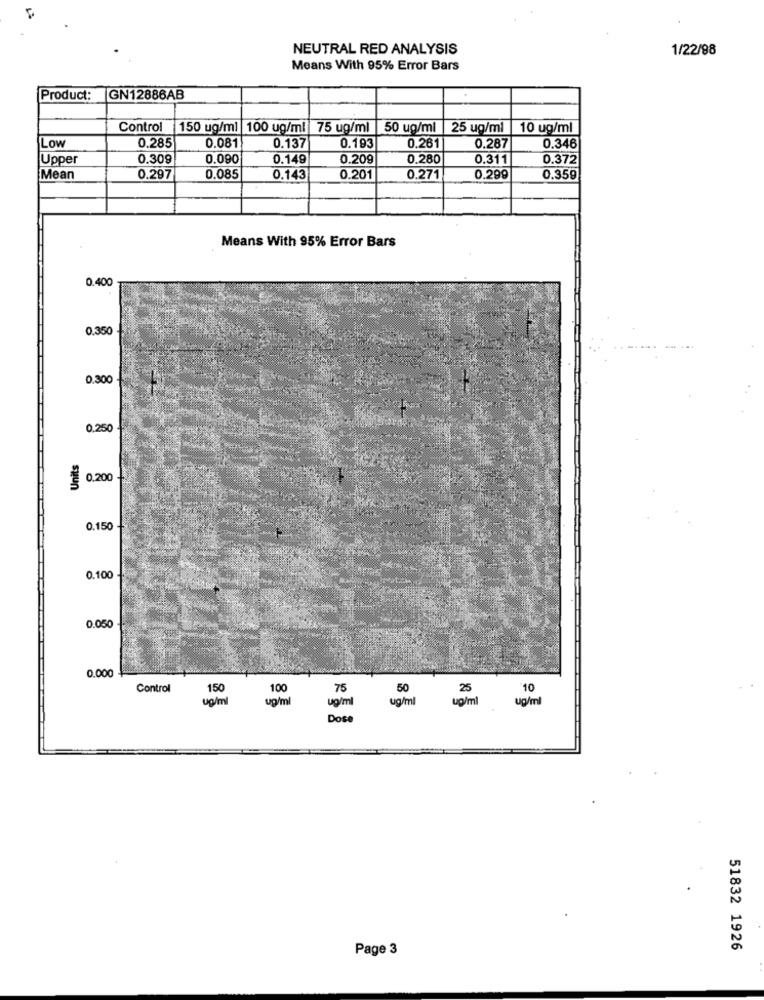
NEUTRAL RED ANALYSIS
1/22/98
Means With 95% Error Bars
Product:
GN12886AB
Control 150 ug/ml 100 ug/ml 75 ug/ml
50 ug/ml |25 ug/ml
10 ug/ml
0.285
Low
0.081
0.137
0.193
0.261
0.287
0.346
Upper
0.309
0.090
0.149
0.209
0.280
0.311
0.372
Mean
0.297
0.085
0.143
0.201
0.271
0.299
0.359
Means With 95% Error Bars
0.400
0.350
0,300
0.250
$ 0.200
0.150
0.100
0.050
0.000
Control
150
100
75
50
25
10
ug/ml
ug/ml
ug/ml
ug/ml
up/ml
ug/ml
Dose
Page 3
51832 1926